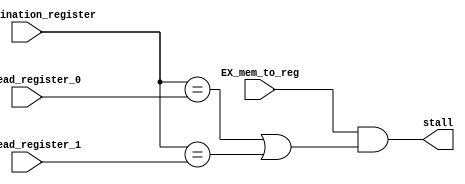
module hazard_detection_unit (
    EX_mem_to_reg,              // input -> "mem_to_reg" from execution stage
    EX_destination_register,    // input -> destination register from execution stage
    ID_read_register_0,         // input -> read register 0 from instruction decode stage
    ID_read_register_1,         // input -> read register 1 from instruction decode stage
    stall                       // output -> high if processor must stall
);

// -- Include definitions -------------------------------------

// -- Module IO -----------------------------------------------
input EX_mem_to_reg;
input [4:0] EX_destination_register;
input [4:0] ID_read_register_0;
input [4:0] ID_read_register_1;
output stall;

// -- Determine hazard ----------------------------------------
wire data_hazard = (
    EX_mem_to_reg &&
    (
        (EX_destination_register == ID_read_register_0) ||
        (EX_destination_register == ID_read_register_1)
    )
);

// -- Set signals ---------------------------------------------
assign stall = data_hazard;

endmodule